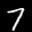
Label: 7